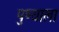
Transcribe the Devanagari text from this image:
पुष्याला